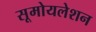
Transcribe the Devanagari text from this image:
सूमोयलेशन